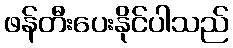
ဖန်တီးပေးနိုင်ပါသည်